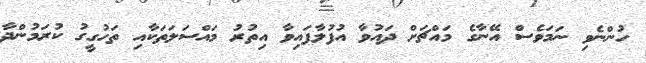
ހުންނެވި ނަމަވެސް އޭނާގެ މައްޗަށް ދައުވާ އުފުލާފައިވާ އިތުރު މައްސަލަތަކާއި ތަހުގީގު ކުރަމުންދާ